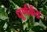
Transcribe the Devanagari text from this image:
धूर्णकेंद्र